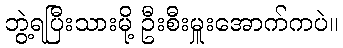
ဘွဲ့ရပြီးသားမို့ ဦးစီးမှူးအောက်ကပဲ။